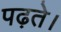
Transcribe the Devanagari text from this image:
पढ़ते।